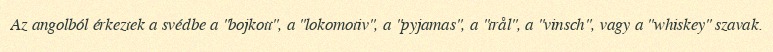
Az angolból érkeztek a svédbe a "bojkott", a "lokomotiv", a "pyjamas", a "trål", a "vinsch", vagy a "whiskey" szavak.